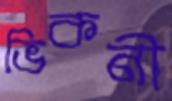
ভিকনী